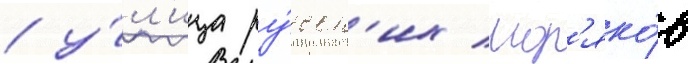
/ у́л'ица ру́сск'их мор'яко́в